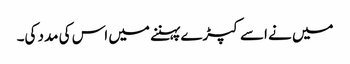
میں نے اسے کپڑے پہننے میں اس کی مدد کی۔